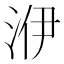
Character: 洢